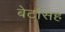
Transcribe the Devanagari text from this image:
बेटांसह